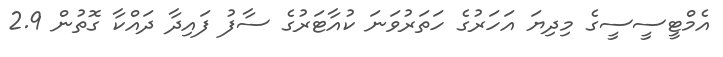
އެމްޓީސީސީގެ މިދިޔަ އަހަރުގެ ހަތަރުވަނަ ކުއާޓަރުގެ ސާފު ފައިދާ ދައްކާ ގޮތުން 2.9